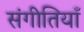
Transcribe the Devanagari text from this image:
संगीतियाँ